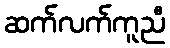
ဆက်လက်ကူညီ